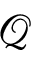
\mathcal { Q }